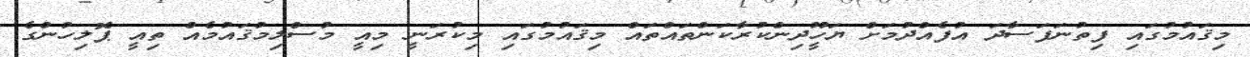
މިޤައުމުގައި ފިތުނަފަސާދަ އުފެއްދުމަށް ޔަހީޫދިންކުރާކަންތައްތައް މިޤައުމުގައި މިކުރަނީ މިއީ މުސްލިމުޤައުމެއް ތިއީ ޕޮލިހުންގެ